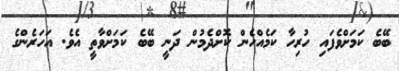
ބޭބެ ކަމަށްވެފައި ހުރިހާ ކަމެއްހެން ކޮށްދެމުން ދަނީ ބޭބެ ކަމަށްވާތީ އެވެ. އަހަރެންގެ